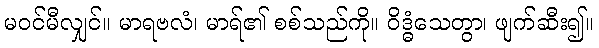
မဝင်မီလျှင်။ မာရဗလံ၊ မာရ်၏ စစ်သည်ကို။ ဝိဒ္ဓံသေတွာ၊ ဖျက်ဆီး၍။